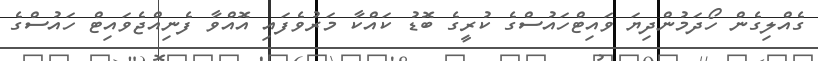
ގެއްލިގެން ހޯދަމުންދިޔަ ވައިޓްހައުސްގެ ކުރީގެ ބޮޑު ކައްކާ މަރުވެފައި އޮއްވާ ފެނިއްޖެވައިޓް ހައުސްގެ